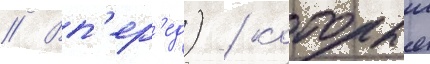
// Вп'ер'ед) / которыи